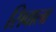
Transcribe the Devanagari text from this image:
सिवाला